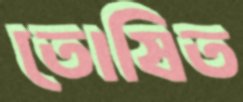
তোষিত